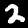
Digit: 2